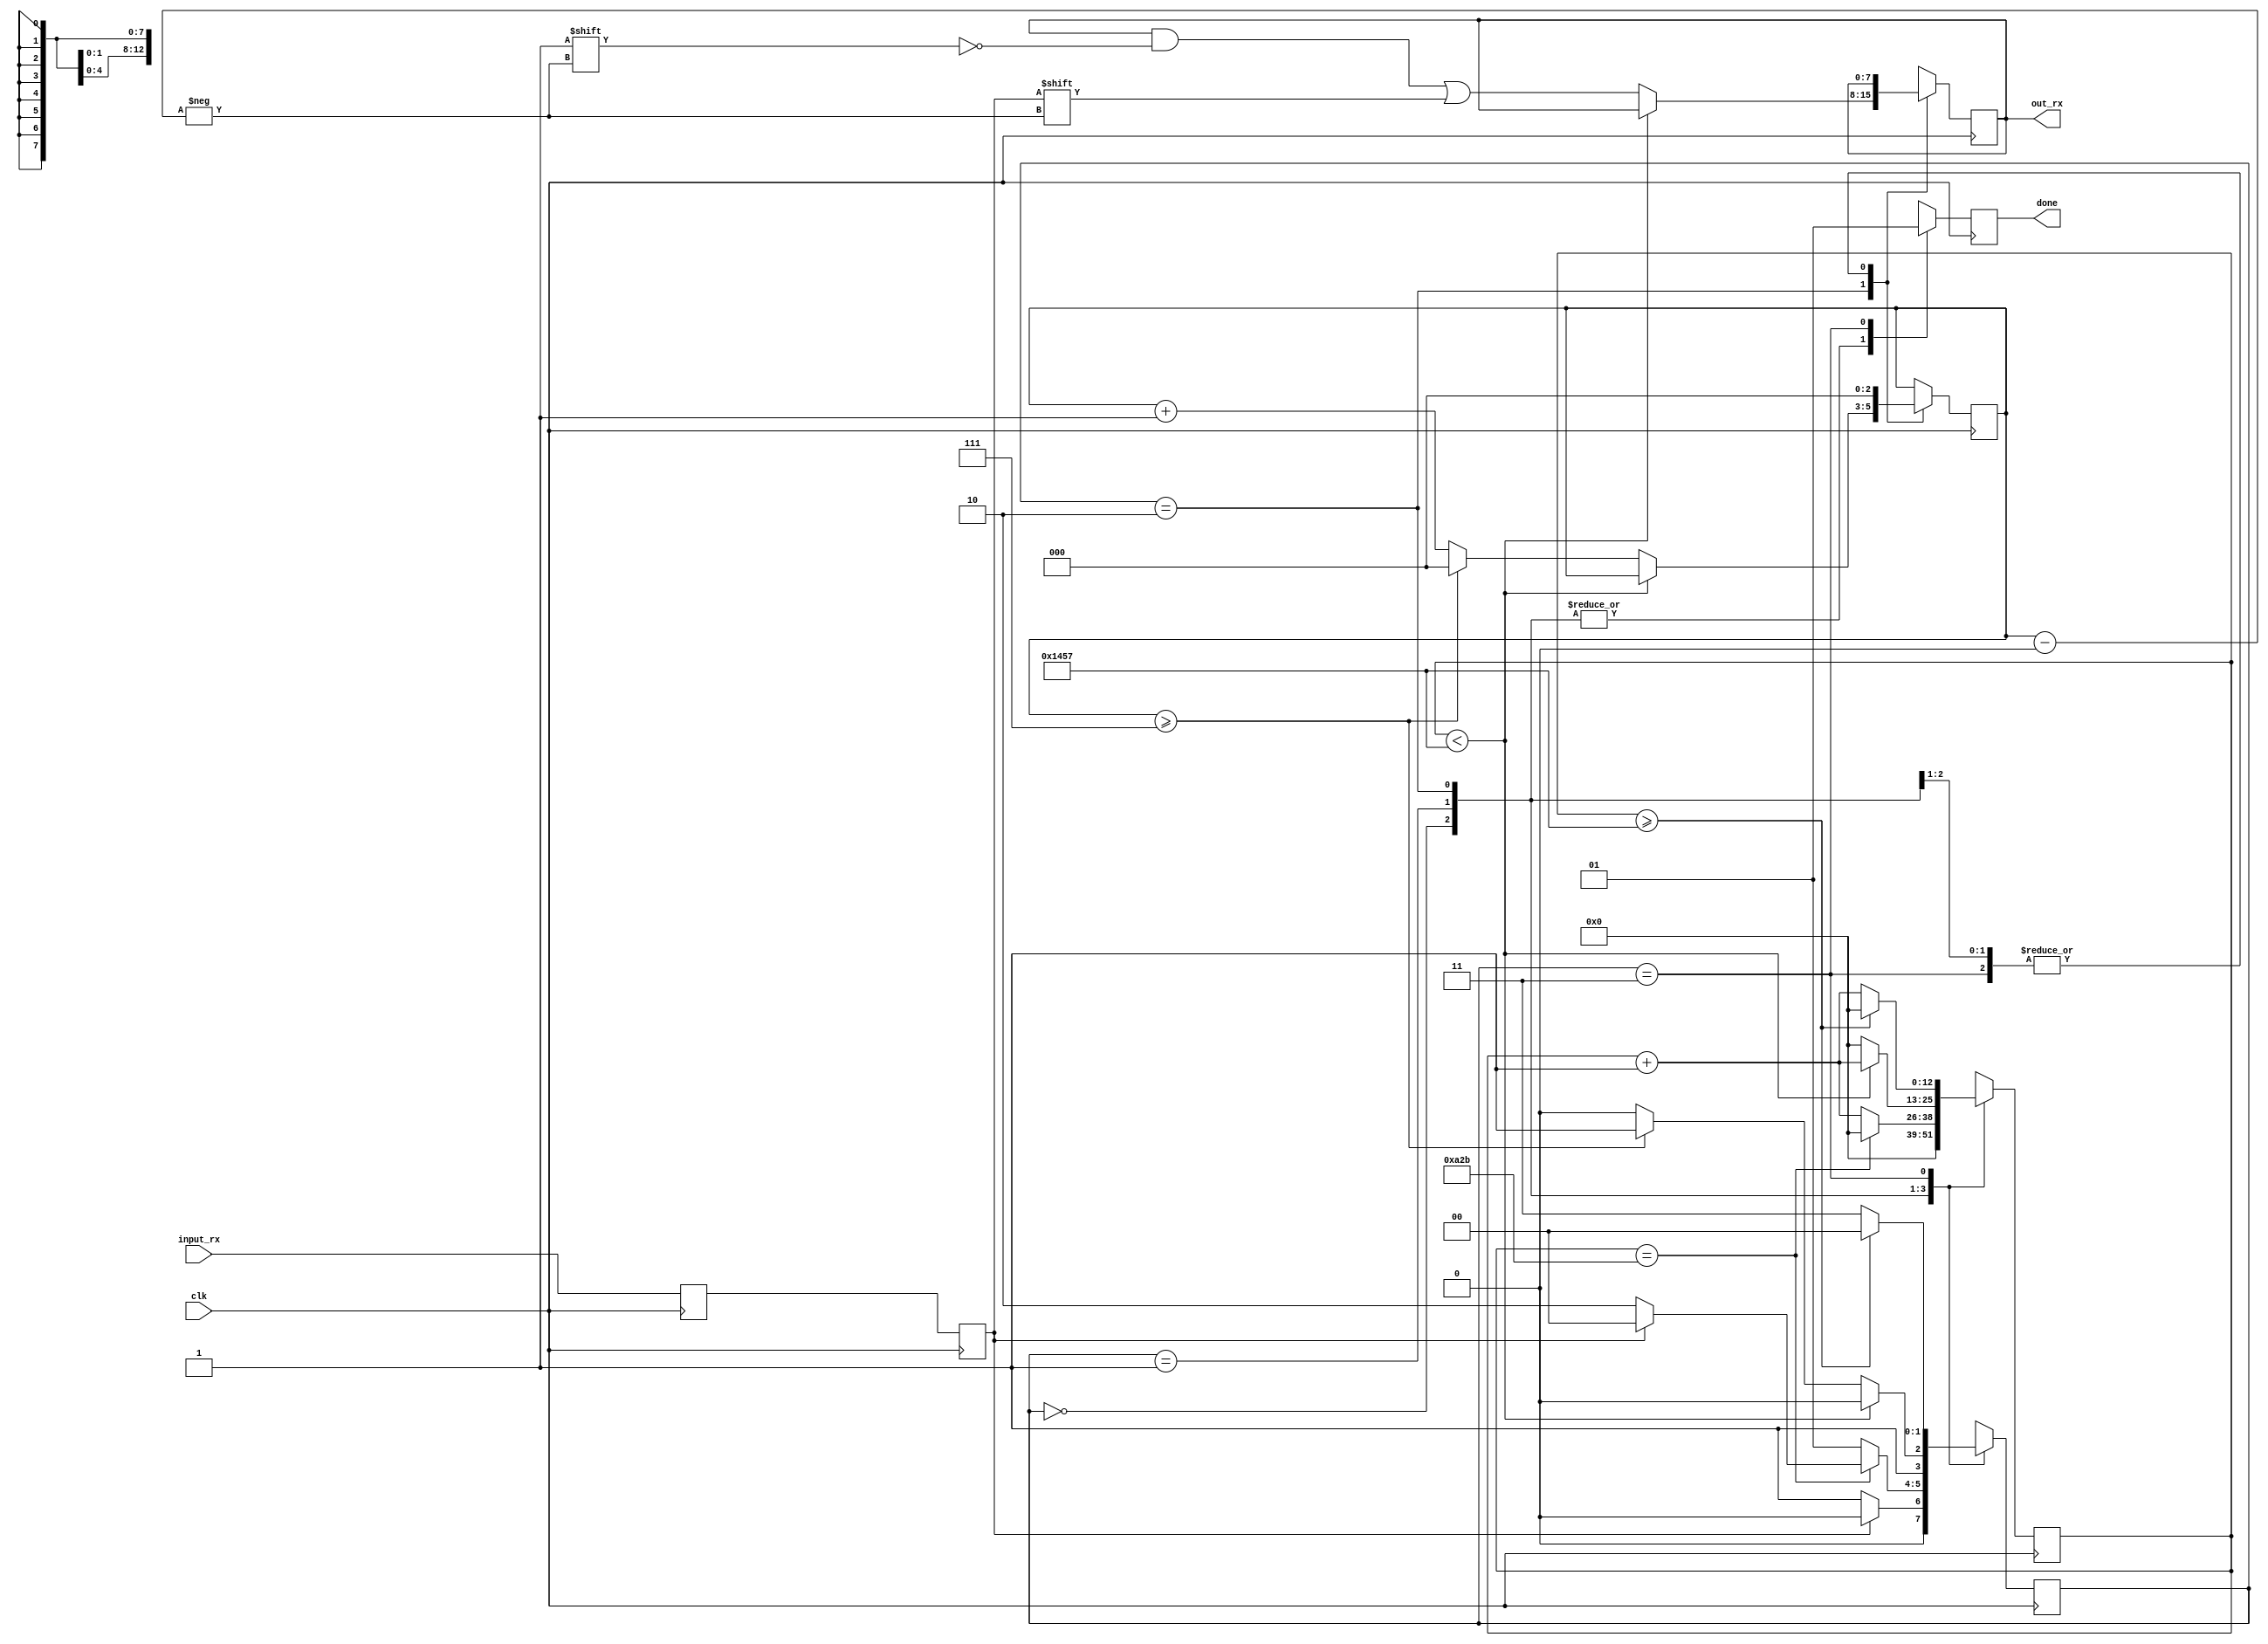
/*
Este mdulo Verilog descreve uma mquina de recebimento UART
que  responsvel por receber dados seriais em uma placa com um clock de 50 MHz
e taxa de baud de 9600.
*/

module uart_rx #(
    parameter CLKS_PER_BIT = 5208 // (50,000,000 / 9,600 = 5208)
)(
    input  clk,  // Entrada: Clock da placa a 50 MHz
    input  input_rx, // Entrada: Dados recebidos pela porta serial
    output done, // Sada: Sinalizado quando um dado foi recebido completamente
    output [7:0] out_rx  // Sada: Dados de sada completos
);

    //  Definio dos estados da mquina de recebimento UART 
    localparam IDLE  = 2'b00,
               START = 2'b01,
               DATA  = 2'b10,
               STOP  = 2'b11;

    //  Declarao dos registradores internos 
    reg data_serial_buffer = 1'b1;
    // Registrador para armazenar o dado recebido
    reg rx_data            = 1'b1;
    // Registrador para registrar o estado da mquina de recebimento
    reg [1:0]  state       = 1'b0;
    // Contador de tempo usado para determinar a taxa de baud
    reg [12:0] counter     = 13'd0;
    // ndice do bit atual sendo recebido
    reg [2:0]  bit_index   = 1'b0;
    // Flag para sinalizar quando um dado est disponvel para sada
    reg        data_avail  = 1'b0;
    // Registrador para armazenar o byte de dados recebido
    reg [7:0]  data_reg    = 1'b0;

   //   Declarao das sadas 
    assign out_rx = data_reg;
    assign done = data_avail;

    always @(posedge clk) begin
        data_serial_buffer <= input_rx;
        rx_data            <= data_serial_buffer;
    end

    //  Lgica de transio de estados 
    always @(posedge clk) begin
        case (state)
            IDLE:begin

                data_avail <= 0;
                counter    <= 13'd0;
                bit_index  <= 3'b000;
                // Verifica se o sinal de entrada  baixo para iniciar a recepo.
                if (rx_data == 0)
                    state <= START;
                else
                    state <= IDLE;
            end
            // Estado de incio (start)
            START: begin
                data_avail   <= 0;
                bit_index    <= 3'b000;
                // Verifica se o contador atingiu metade do perodo do bit.
                if (counter == (CLKS_PER_BIT - 1) / 2) begin
                    counter <= 13'd0;
                     // Verifica se o sinal de entrada permanece baixo para continuar a recepo.
                    if (rx_data == 0) begin
                        state <= DATA;
                    end
                    else
                        state <= IDLE;
                end
                else begin
                    counter <= counter + 13'b1;
                    state   <= START;
                end
            end

            DATA: begin
                data_avail <= 0;
                // Incrementa o contador de tempo e permanece no estado de recepo de dados.
                if (counter < CLKS_PER_BIT - 1) begin
                    counter <= counter + 13'b1;
                    state   <= DATA;
                end
                else begin
                    counter             <= 13'd0;
                    data_reg[bit_index] <= rx_data;

                    if (bit_index >= 7) begin
                        // Zerar o ndice do bit e ir para o estado de parada
                        bit_index <= 3'b000;
                        state <= STOP;
                    end
                    else
                    begin
                        // Incrementa o contador de tempo e permanece no estado de incio.
                        bit_index <= bit_index + 3'b1;
                        state <= DATA;
                    end
                end
            end

            // Estado de parada
            STOP:begin
                data_avail <= 1;
                bit_index <= 3'b000;

                if (counter >= CLKS_PER_BIT - 1) begin
                    counter <= 13'd0;
                    state <= IDLE;
                end
                else begin
                    counter <= counter + 13'b1;
                    state <= STOP;
                end
            end

            // Estado padro (caso de erro)
            // Basicamente ele retorna ao estado de idle e limpa variveis.
            default: begin
                state <= IDLE;
                data_avail <= 0;
                counter    <= 13'd0;
                bit_index  <= 0;
            end
        endcase
    end

endmodule